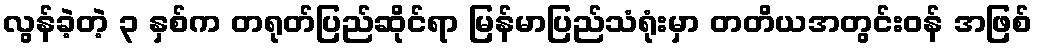
လွန်ခဲ့တဲ့ ၃ နှစ်က တရုတ်ပြည်ဆိုင်ရာ မြန်မာပြည်သံရုံးမှာ တတိယအတွင်းဝန် အဖြစ်